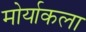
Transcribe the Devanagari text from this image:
मोर्याकला